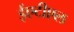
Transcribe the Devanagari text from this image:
ईएटीएल